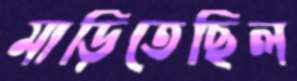
মাড়িতেছিল